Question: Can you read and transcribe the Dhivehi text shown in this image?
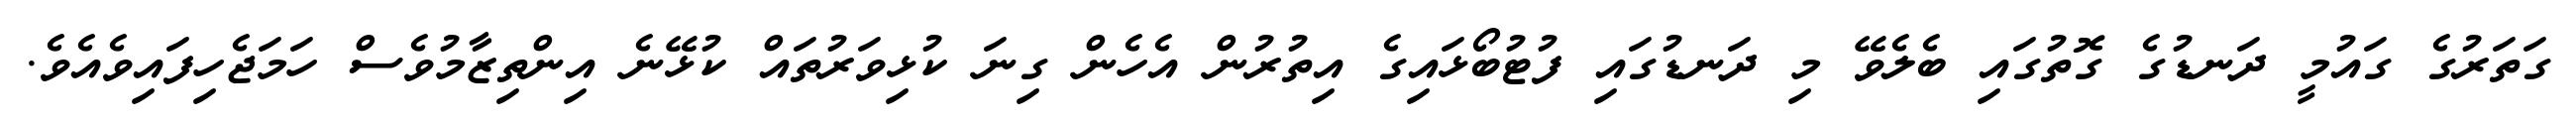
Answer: ގަތަރުގެ ގައުމީ ދަނޑުގެ ގޮތުގައި ބެލެވޭ މި ދަނޑުގައި ފުޓުބޯޅައިގެ އިތުރުން އެހެން ގިނަ ކުޅިވަރުތައް ކުޅޭނެ އިންތިޒާމުވެސް ހަމަޖެހިފައިވެއެވެ.